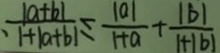
\frac { \vert a + b \vert } { \vert + \vert a + b \vert } \leq \frac { \vert a \vert } { 1 + a } + \frac { \vert b \vert } { 1 + \vert b \vert }